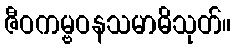
ဇီဝကမ္ဗဝနသမာဓိသုတ်။